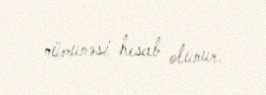
nümunəsi hesab olunur.